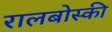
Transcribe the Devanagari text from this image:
रालबोस्की